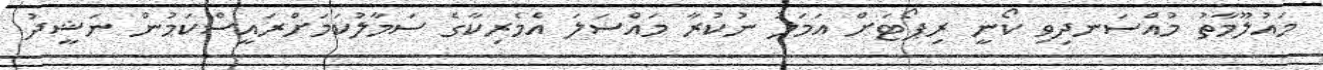
މައުލޫމާތު މުއްސަނދިވި ކޯނީ ރިޕޯޓަށް އަމަލު ނުކުރާ މައްސަލަ އެމެރިކާގެ ސަމާލުކަމަށްރައީސްކަމުން ނަޝީދު